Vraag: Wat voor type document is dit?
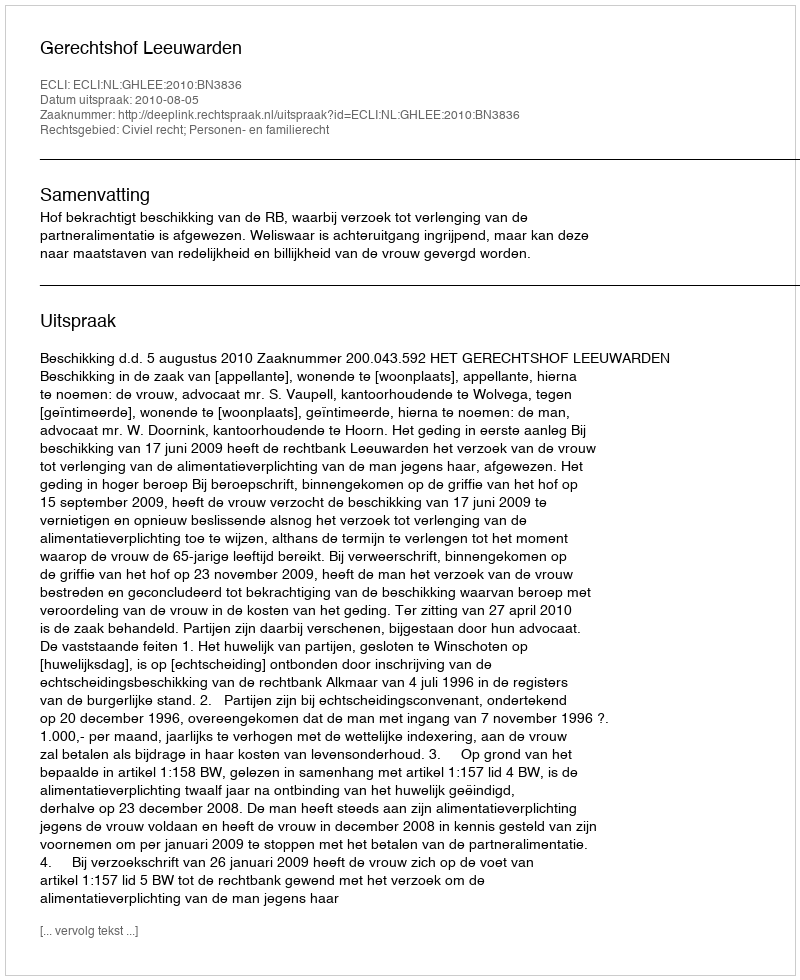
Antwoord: Uitspraak